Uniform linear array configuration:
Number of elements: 12
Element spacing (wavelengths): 0.25
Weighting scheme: kaiser
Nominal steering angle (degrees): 60
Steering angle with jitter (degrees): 61.243
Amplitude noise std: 0.05
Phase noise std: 0.05

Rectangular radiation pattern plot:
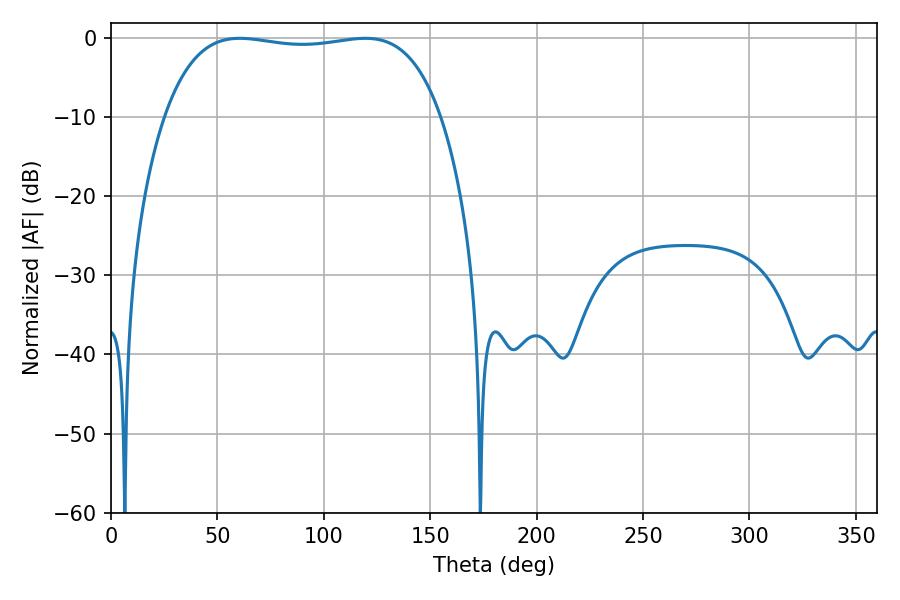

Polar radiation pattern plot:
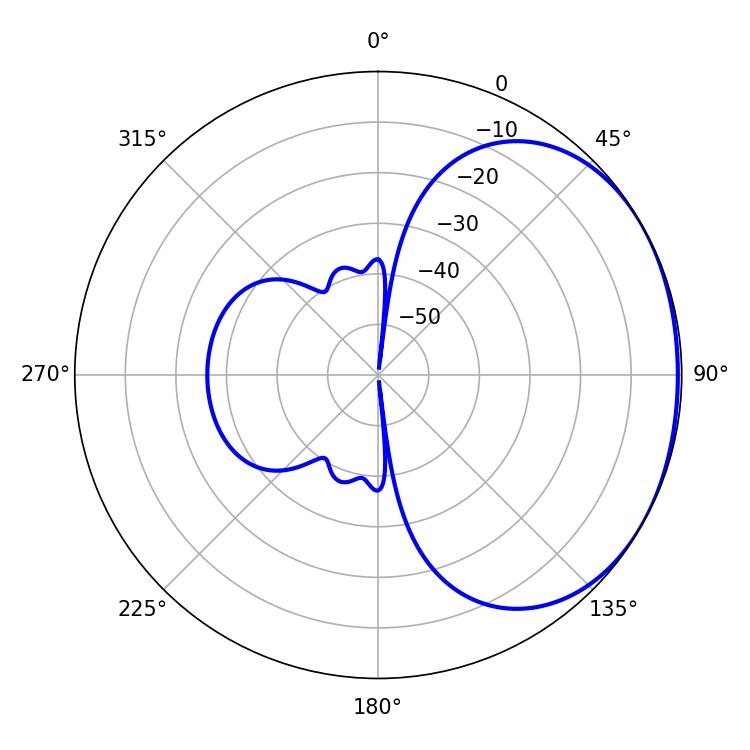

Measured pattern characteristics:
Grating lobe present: FALSE
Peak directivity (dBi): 1.346
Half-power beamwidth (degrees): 103.68
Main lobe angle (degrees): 60.48